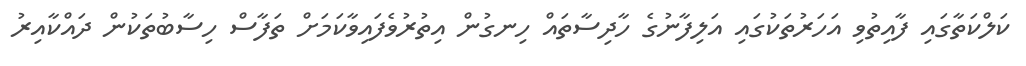
ކަލްކަތާގައި ފާއިތުވި އަހަރުތަކުގައި އަލިފާނުގެ ހާދިސާތައް ހިނގުން އިތުރުވެފައިވާކަމަށް ތަފާސް ހިސާބުތަކުން ދައްކާއިރު